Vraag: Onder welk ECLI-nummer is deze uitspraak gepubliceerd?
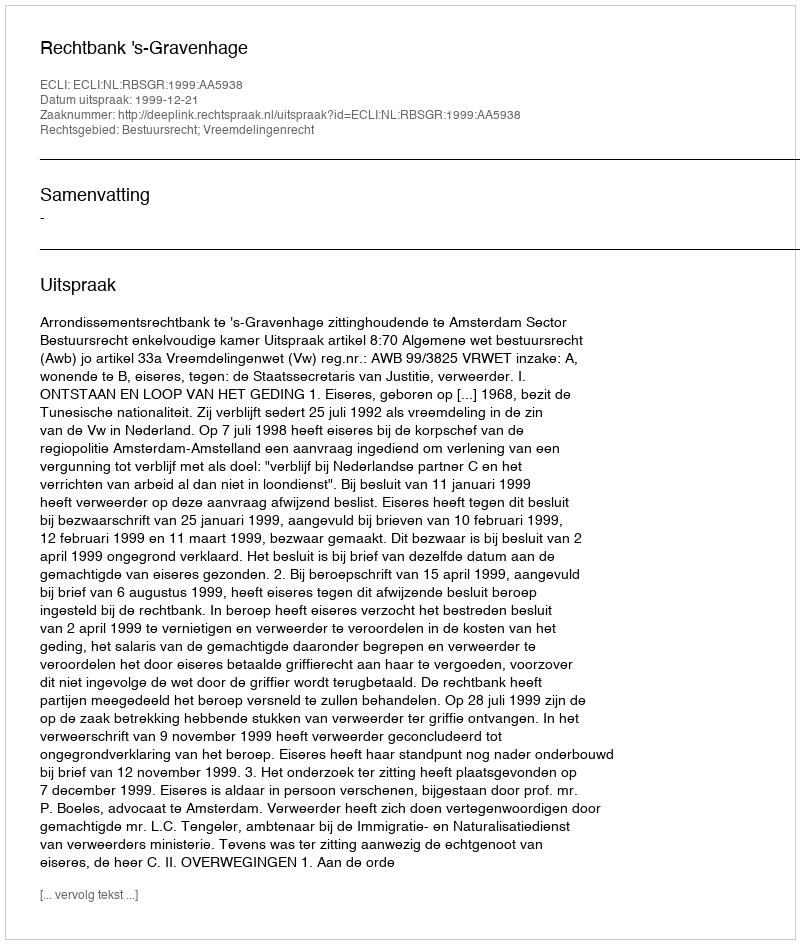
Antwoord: ECLI:NL:RBSGR:1999:AA5938